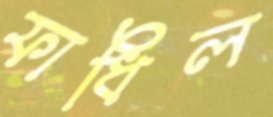
ফাধিল